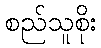
စည်သူစိုး